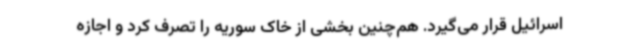
اسرائیل قرار می‌گیرد. هم‌چنین بخشی از خاک سوریه را تصرف کرد و اجازه